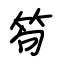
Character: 笱